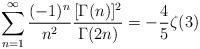
LaTeX: \begin{align*}\sum_{n=1}^\infty\frac{(-1)^n}{n^2}\frac{[\Gamma(n)]^2}{\Gamma(2n)}=-\frac{4}{5}\zeta(3)\end{align*}